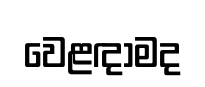
වෙළඳාමද